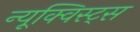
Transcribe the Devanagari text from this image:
न्यूक्विस्ट्स